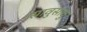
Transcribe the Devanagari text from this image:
सावुसावु